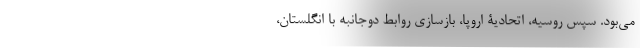
می‌بود. سپس روسیه، اتحادیۀ اروپا، بازسازی روابط دوجانبه با انگلستان،